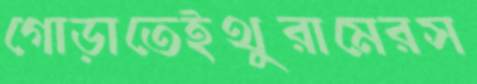
গোড়াতেইথুরামেরস